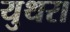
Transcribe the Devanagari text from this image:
युथरा